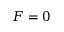
F = 0